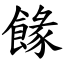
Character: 餯